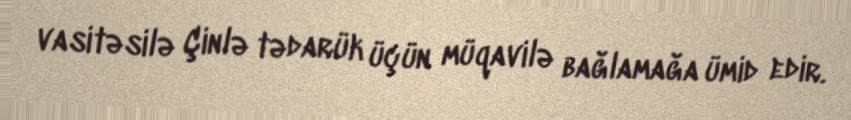
vasitəsilə Çinlə tədarük üçün müqavilə bağlamağa ümid edir.